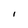
Character: I